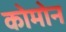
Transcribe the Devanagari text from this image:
कोमोन